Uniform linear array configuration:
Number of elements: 48
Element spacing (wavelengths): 1
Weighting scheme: cosine
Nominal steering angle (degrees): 45
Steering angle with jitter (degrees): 43.629
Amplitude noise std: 0.05
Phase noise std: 0.05

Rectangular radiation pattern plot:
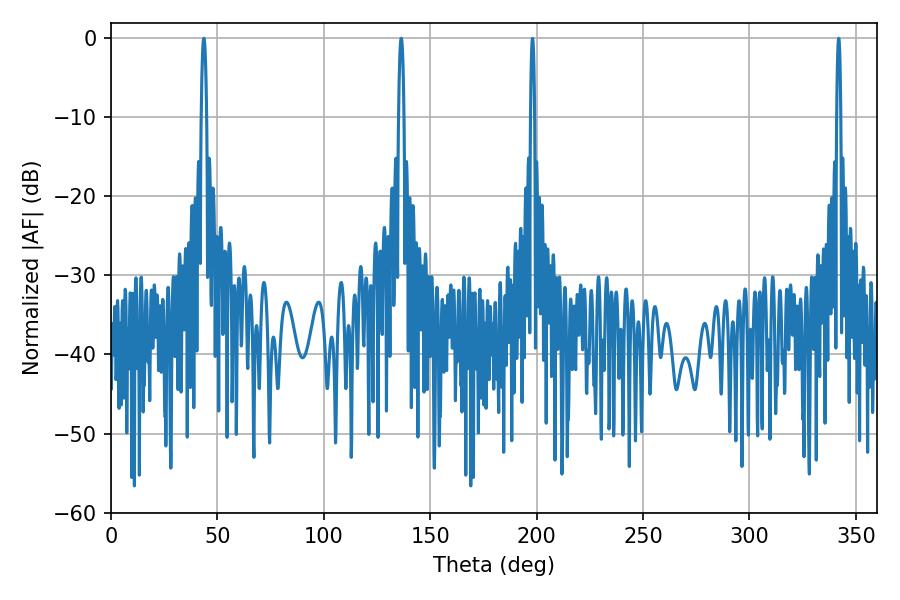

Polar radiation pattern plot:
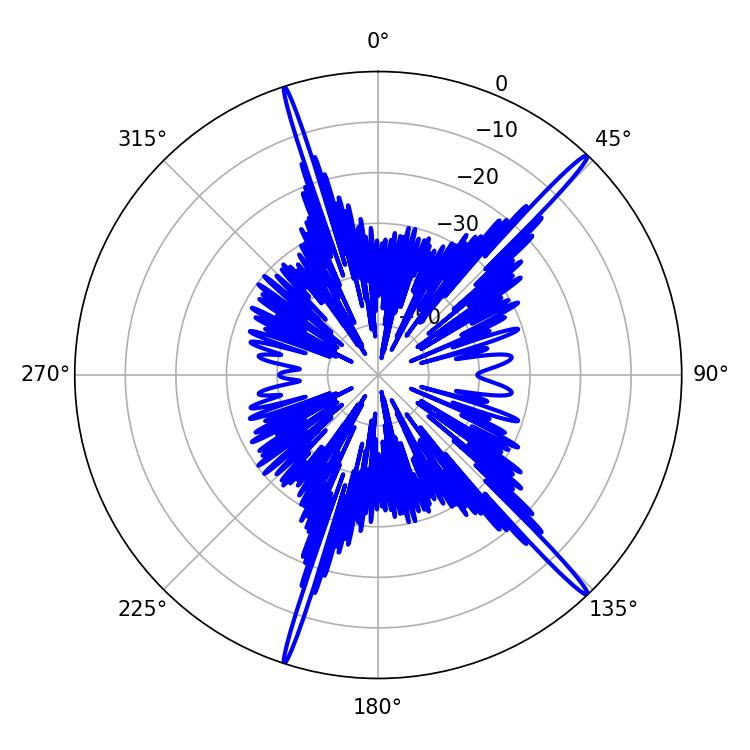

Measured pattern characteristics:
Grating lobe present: TRUE
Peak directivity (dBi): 18.793
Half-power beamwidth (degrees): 1.26
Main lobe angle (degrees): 43.56